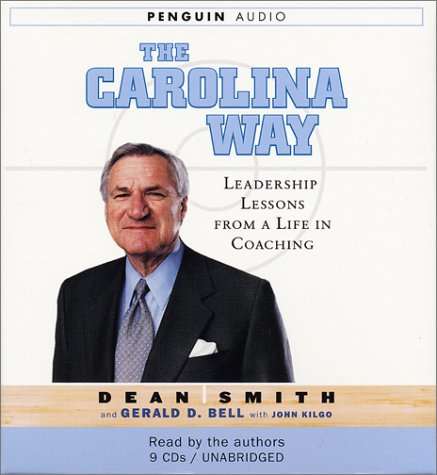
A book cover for The Carolina Way: Leadership Lessons from a Life in Coaching; Dean Wesley Smith; Sports & Outdoors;